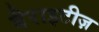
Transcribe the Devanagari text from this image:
बैराइटीज़